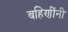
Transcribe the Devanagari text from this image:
बहिणींनी